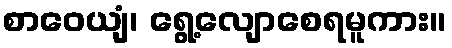
စာဝေယျံ၊ ရွေ့လျောစေရမူကား။